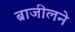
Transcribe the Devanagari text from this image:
ब्राजीलने